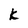
Character: k